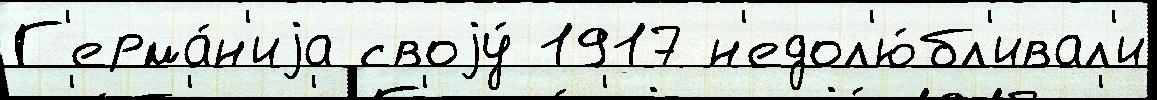
Г'ерма́н'иjа своjу́ 1917 н'едол'ю́бл'ивал'и